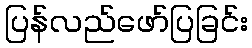
ပြန်လည်ဖော်ပြခြင်း